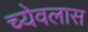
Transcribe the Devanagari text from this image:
च्येवलास